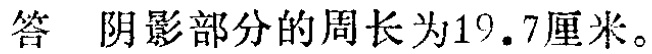
答 阴影部分的周长为\(19.7\)厘米。